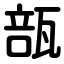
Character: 瓿